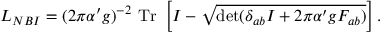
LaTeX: { \cal L } _ { N B I } = ( 2 \pi \alpha ^ { \prime } g ) ^ { - 2 } ~ \mathrm { T r } ~ \left[ { \cal I } - \sqrt { \operatorname * { d e t } ( \delta _ { a b } { \cal I } + 2 \pi \alpha ^ { \prime } g F _ { a b } ) } \right] .